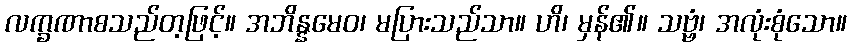
လက္ခဏာစသည်တ့ဖြင့်။ အဘိန္နမေဝ၊ မပြားသည်သာ။ ဟိ၊ မှန်၏။ သဗ္ဗံ၊ အလုံးစုံသော။